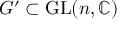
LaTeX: G ^ { \prime } \subset \operatorname { G L } ( n , \mathbb { C } )